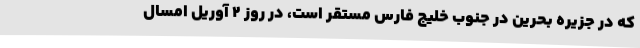
که در جزیره بحرین در جنوب خلیج فارس مستقر است، در روز 2 آوریل امسال